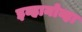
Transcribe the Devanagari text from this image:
इव्हानोव्हा